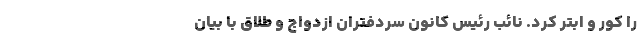
را کور و ابتر کرد. نائب رئیس کانون سردفتران ازدواج و طلاق با بیان